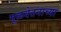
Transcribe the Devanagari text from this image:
मूळवेतनाच्या